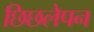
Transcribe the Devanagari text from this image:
छिछलेपन